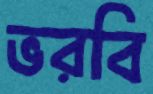
ভরবি